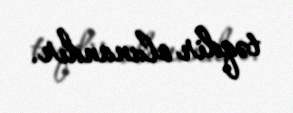
təqdir olunandır.